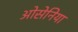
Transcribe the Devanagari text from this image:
ओसेनिया